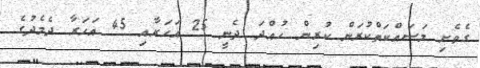
ގެވެށި މަސައްކަތްކުރަން ކުރިން ހުއްދަ ދެނީ 25 އަހަރާއި 45 އަހަރާ ދެމެދުގެ